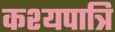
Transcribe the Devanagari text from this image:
कश्यपात्रि